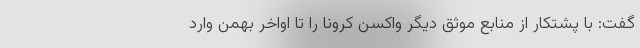
گفت:‌ با پشتکار از منابع موثق دیگر واکسن کرونا را تا اواخر بهمن وارد